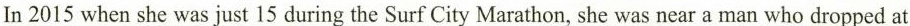
In 2015 when she was just 15 during the Surf City Marathon, she was near a man who dropped at